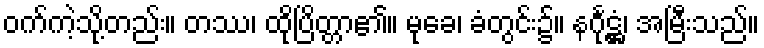
ဝက်ကဲ့သို့တည်း။ တဿ၊ ထိုပြိတ္တာ၏။ မုခေ၊ ခံတွင်း၌။ နင်္ဂုဋ္ဌံ၊ အမြီးသည်။